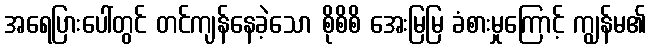
အရေပြားပေါ်တွင် တင်ကျန်နေခဲ့သော စိုစိစိ အေးမြမြ ခံစားမှုကြောင့် ကျွန်မ၏